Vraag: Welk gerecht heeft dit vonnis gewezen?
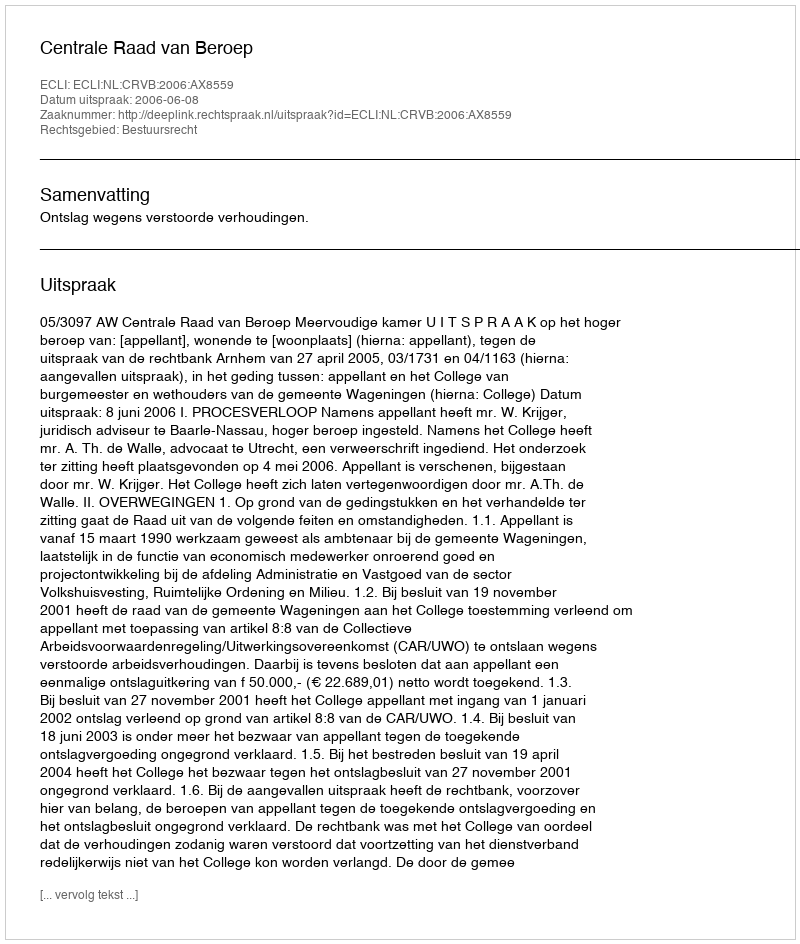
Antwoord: Centrale Raad van Beroep